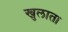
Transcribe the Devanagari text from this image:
खुलाता